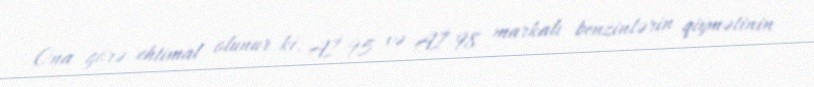
Ona görə ehtimal olunur ki, Aİ-95 və Aİ-98 markalı benzinlərin qiymətinin